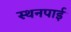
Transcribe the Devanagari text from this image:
स्थनपाई